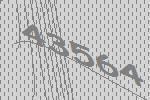
43564